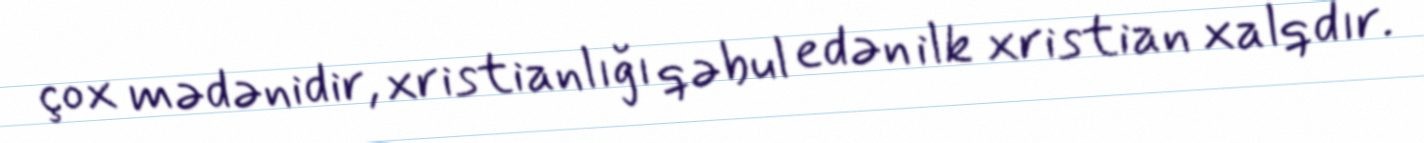
çox mədənidir, xristianlığı qəbul edən ilk xristian xalqdır.